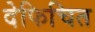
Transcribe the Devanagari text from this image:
देफिचित